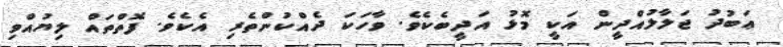
ޢަބުދު ޖަލާލުއްދީން އަކީ މޮޅު އަދީބެކެވެ. ވާހަކަ ދެއްކުންތެރި އެކެވެ. ފޮތްތައް ލިޔުއްވި